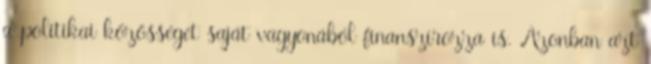
a politikai közösséget saját vagyonából finanszírozza is. Azonban azt